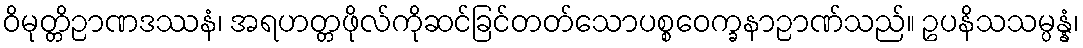
ဝိမုတ္တိဉာဏဒဿနံ၊ အရဟတ္တဖိုလ်ကိုဆင်ခြင်တတ်သောပစ္စဝေက္ခနာဉာဏ်သည်။ ဥပနိသသမ္ပန္နံ၊